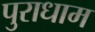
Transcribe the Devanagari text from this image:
पुराधाम